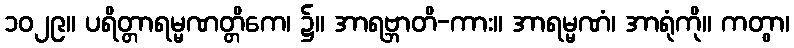
၁၀၂၉။ ပရိတ္တာရမ္မဏတ္တိကေ၊ ၌။ အာရဗ္ဘာတိ-ကား။ အာရမ္မဏံ၊ အာရုံကို။ ကတွာ၊